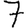
Digit: 7